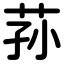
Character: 荪